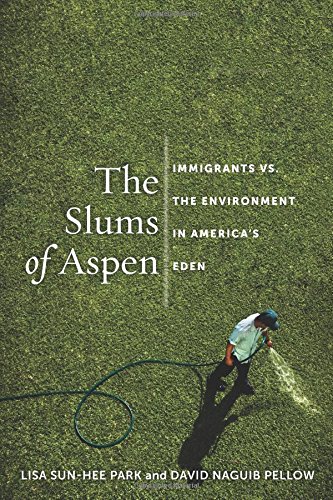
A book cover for The Slums of Aspen: Immigrants vs. the Environment in America's Eden (Nation of Nations); Lisa  Sun-Hee Park; Business & Money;